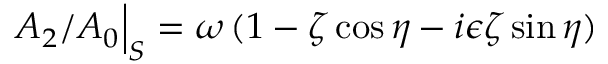
A _ { 2 } / A _ { 0 } \Big \vert _ { S } = \omega \, ( 1 - \zeta \cos { \eta } - i \epsilon \zeta \sin \eta )